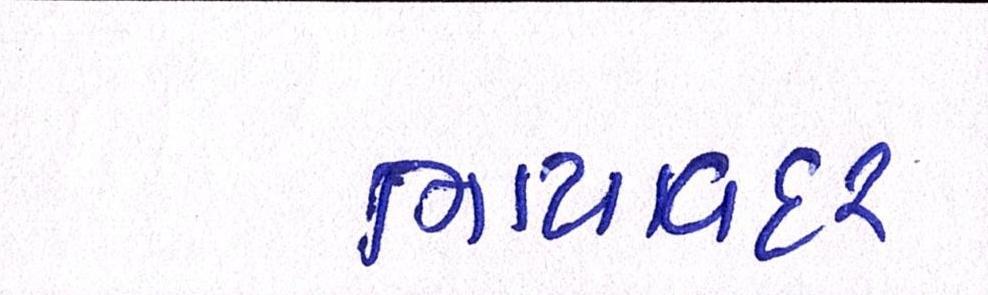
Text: ભાયાવદર